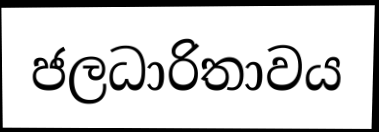
ජලධාරිතාවය